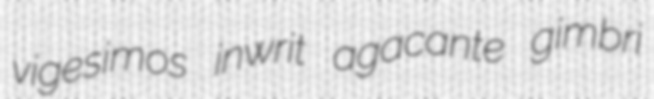
vigesimos inwrit agacante gimbri